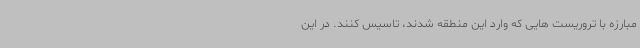
مبارزه با تروریست هایی که وارد این منطقه شدند، تاسیس کنند. در این